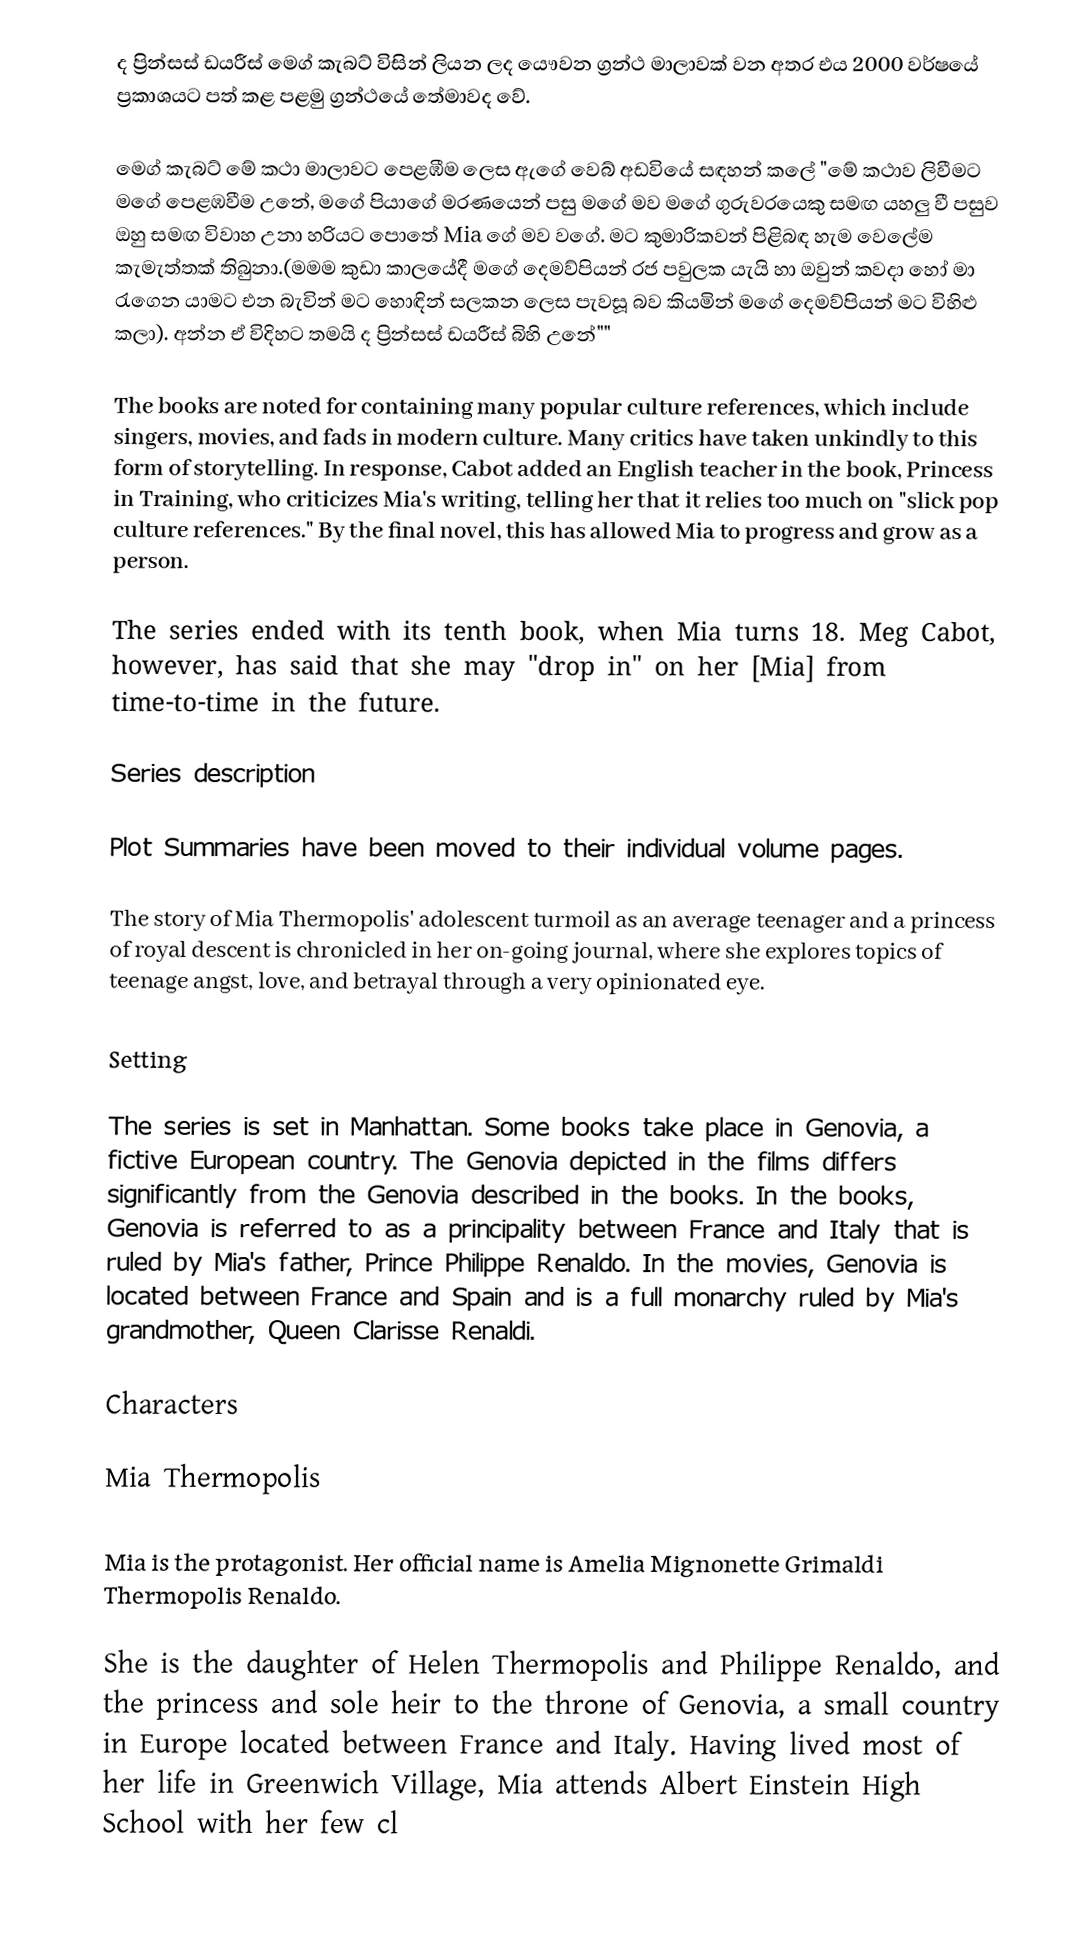
ද ප්‍රින්සස් ඩයරීස් මෙග් කැබට් විසින් ලියන ලද යෞවන ග්‍රන්ථ මාලාවක් වන අතර එය  2000 වර්ෂයේ ප්‍රකාශයට පත් කළ පළමු ග්‍රන්ථයේ තේමාවද වේ.

මෙග් කැබට් මේ කථා මාලාවට  පෙළඹීම ලෙස ඇගේ වෙබ් අඩවියේ සඳහන් කලේ "මේ කථාව ලිවීමට මගේ පෙළඹවීම උනේ, මගේ පියාගේ මරණයෙන් පසු මගේ මව මගේ ගුරුවරයෙකු සමඟ යහලු වී පසුව ඔහු  සමඟ විවාහ උනා හරියට පොතේ Mia ගේ මව වගේ. මට කුමාරිකවන් පිළිබඳ හැම වෙලේම කැමැත්තක් තිබුනා.(මමම කුඩා කාලයේදී මගේ දෙමව්පියන් රජ පවුලක යැයි හා ඔවුන් කවදා හෝ මා රැගෙන යාමට එන බැවින් මට හොඳින් සලකන ලෙස පැවසූ බව කියමින් මගේ දෙමව්පියන් මට විහිළු කලා). අන්න ඒ විදිහට තමයි ද ප්‍රින්සස් ඩයරීස් බිහි උනේ""

The books are noted for containing many popular culture references, which include singers, movies, and fads in modern culture. Many critics have taken unkindly to this form of storytelling. In response, Cabot added an English teacher in the book, Princess in Training, who criticizes Mia's writing, telling her that it relies too much on "slick pop culture references." By the final novel, this has allowed Mia to progress and grow as a person.

The series ended with its tenth book, when Mia turns 18. Meg Cabot, however, has said that she may "drop in" on her [Mia] from time-to-time in the future.

Series description

Plot Summaries have been moved to their individual volume pages.

The story of Mia Thermopolis' adolescent turmoil as an average teenager and a princess of royal descent is chronicled in her on-going journal, where she explores topics of teenage angst, love, and betrayal through a very opinionated eye.

Setting

The series is set in Manhattan. Some books take place in Genovia, a fictive European country. The Genovia depicted in the films differs significantly from the Genovia described in the books. In the books, Genovia is referred to as a principality between France and Italy that is ruled by Mia's father, Prince Philippe Renaldo. In the movies, Genovia is located between France and Spain and is a full monarchy ruled by Mia's grandmother, Queen Clarisse Renaldi.

Characters

Mia Thermopolis

Mia is the protagonist.  Her official name is Amelia Mignonette Grimaldi Thermopolis Renaldo.

She is the daughter of Helen Thermopolis and Philippe Renaldo, and the princess and sole heir to the throne of Genovia, a small country in Europe located between France and Italy. Having lived most of her life in Greenwich Village, Mia attends Albert Einstein High School with her few cl